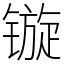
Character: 镟